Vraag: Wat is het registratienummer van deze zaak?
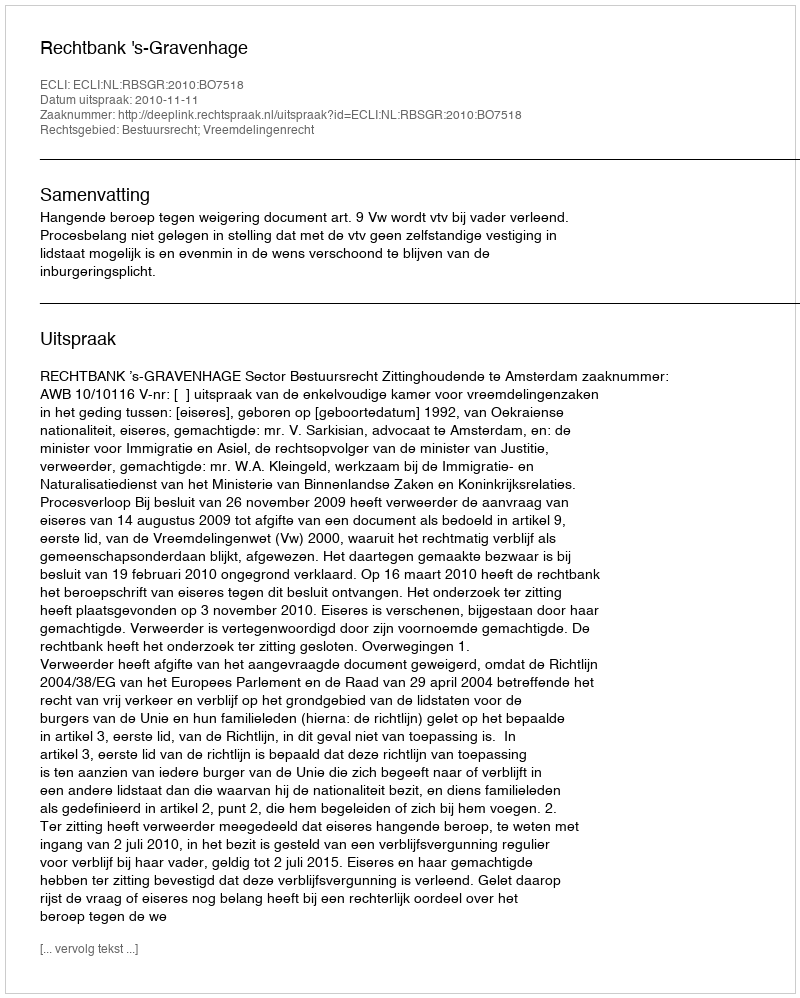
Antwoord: http://deeplink.rechtspraak.nl/uitspraak?id=ECLI:NL:RBSGR:2010:BO7518